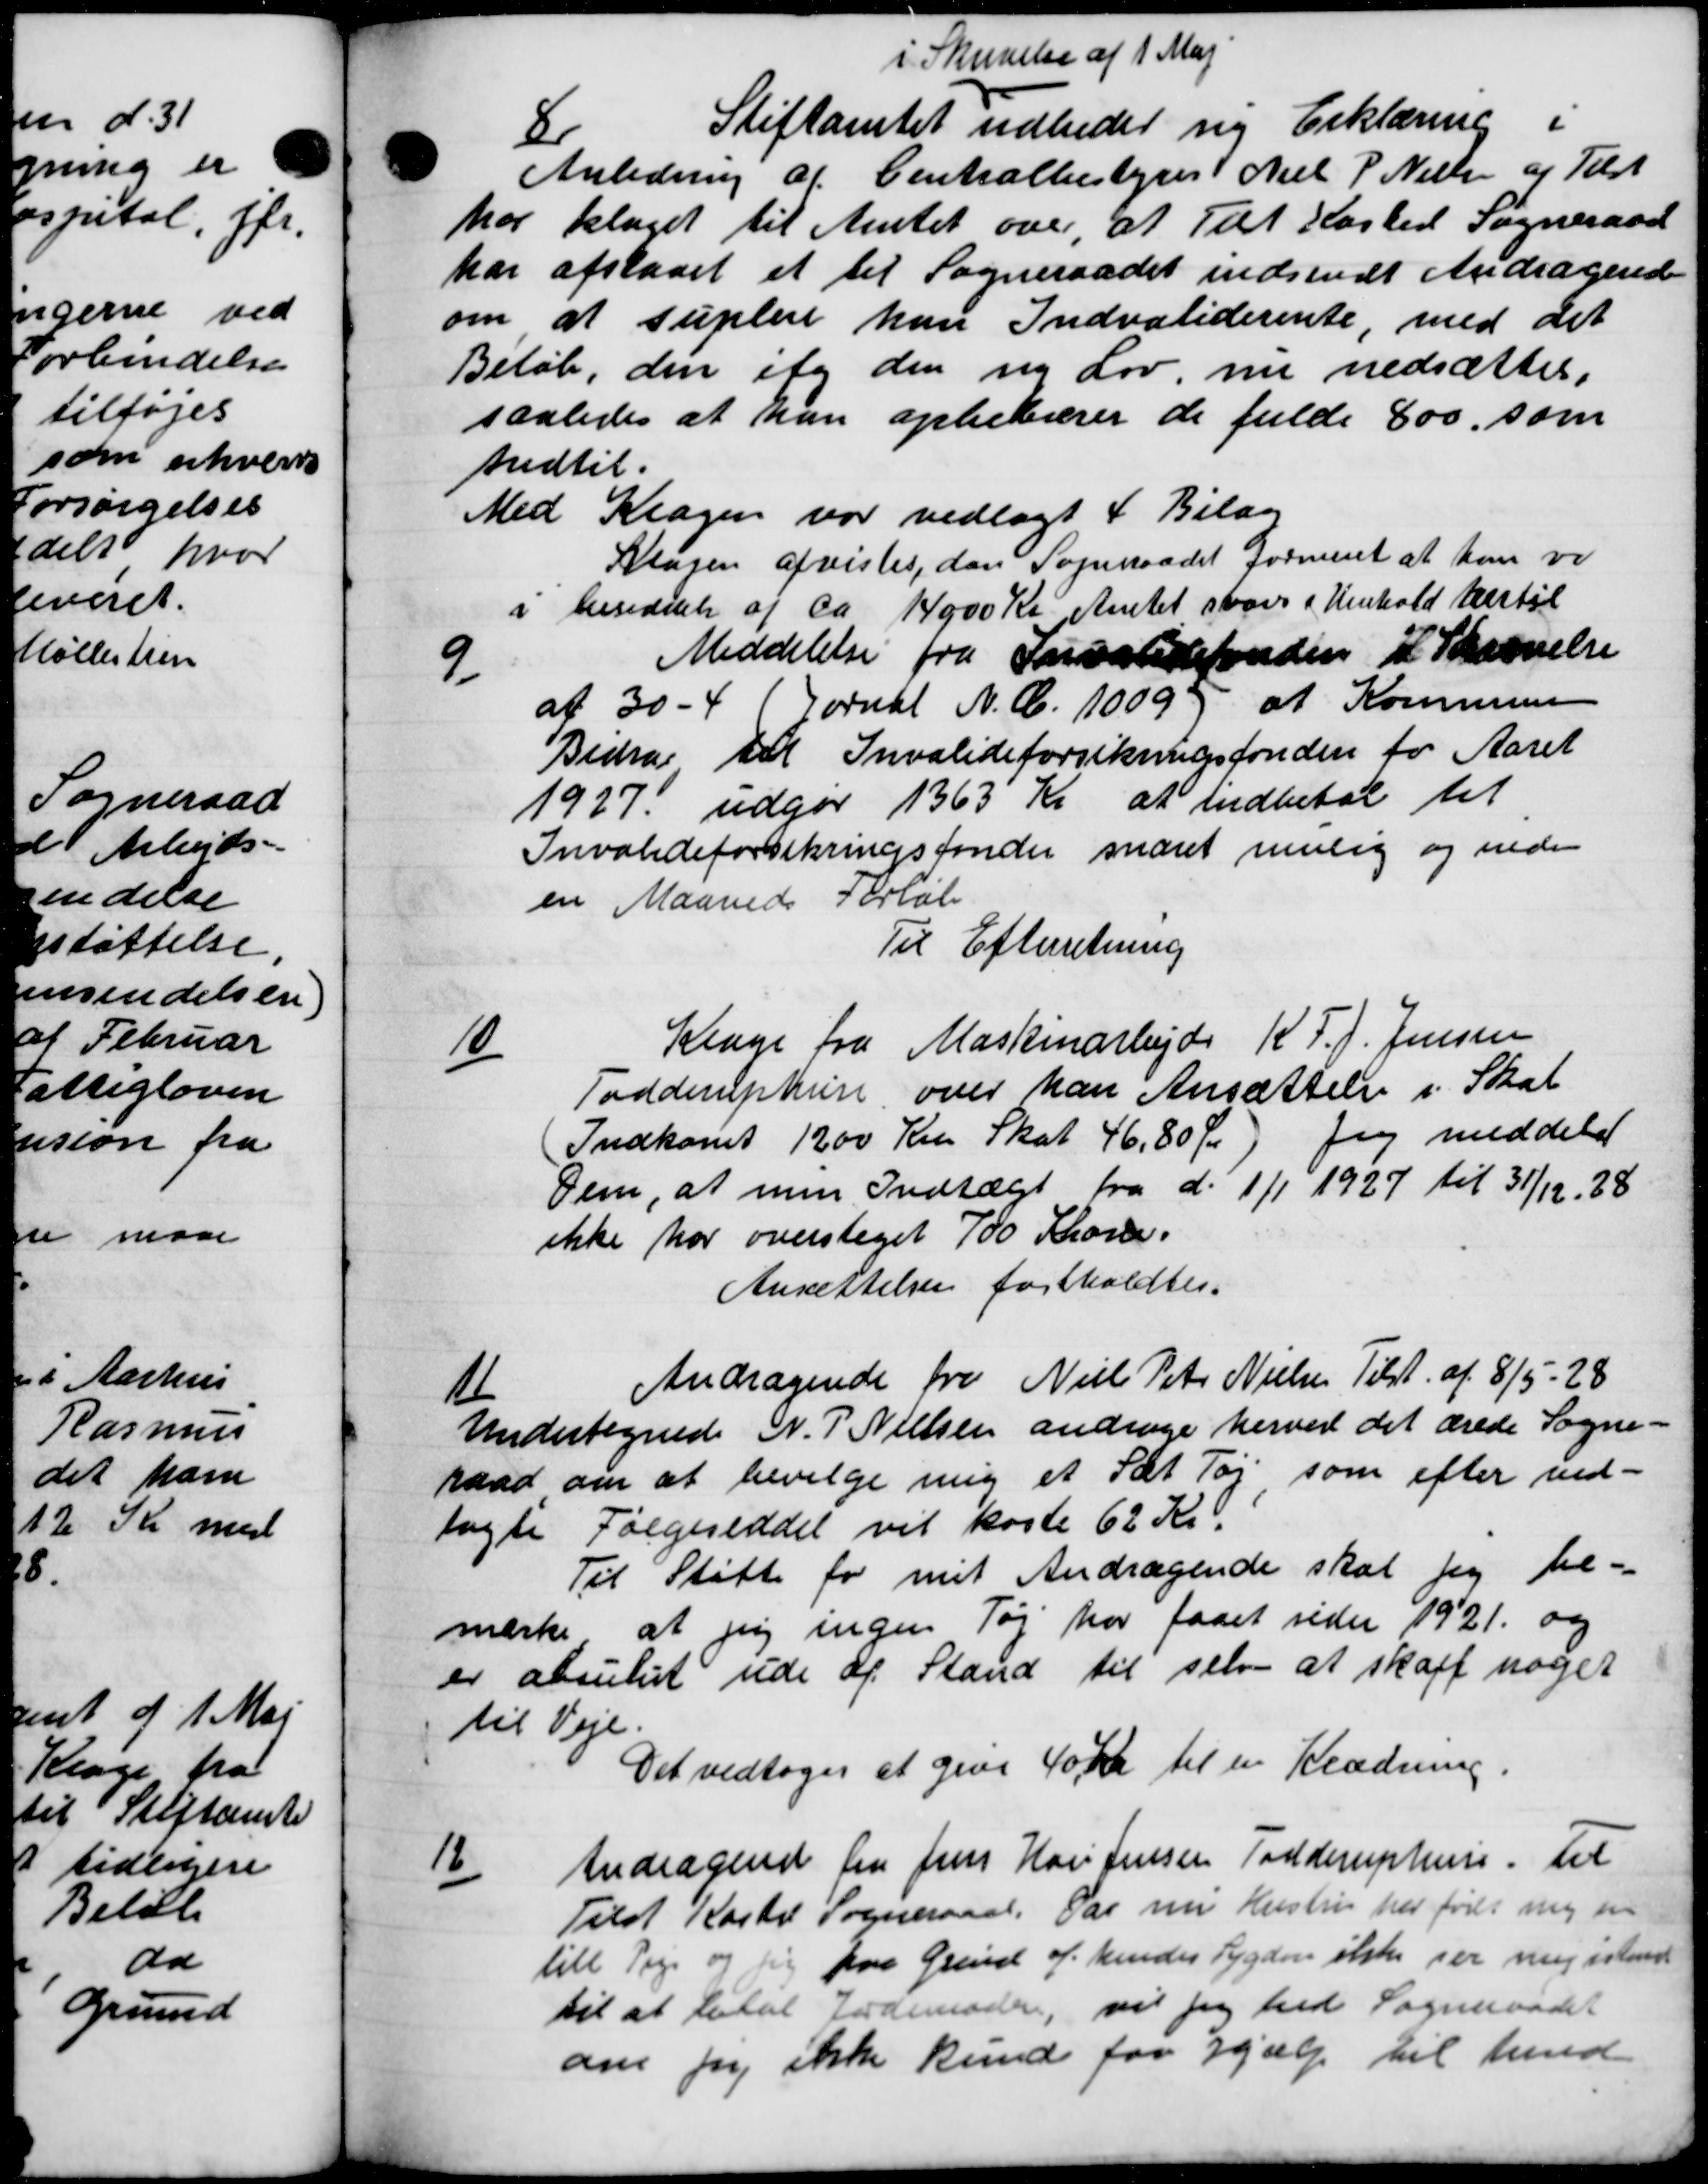
Transskription:
i Skrivelse af 1 Maj
8
Stiftamtet udbeder ny Erklæring i
Anledning af Centralbestyrer Niel P. Nielsen af Tilst
har klaget til Amtet over at Til Kasted Sogneraad
har afstaaet et til Sogneraadet indsendt Andragende
om at suplere han Indvaliderente, med det
Beløb, den ig den ny Lov nu nedsættes,
saaledes at han oppebærer de fulde 800, som
hidtil.
Med Klagen var vedlagt 4 Bilag
Klagen afvistes, dan Sogneraadet forment at hun ve
i besiddelse af ca 14000 Kr. Amtet stor i Henhold hertil

Meddelelse fra Invalidefonden i Skrivelse
af 30 - 41 Pornal N. C. 1009 at Kommunen
Bidrag til Invalideforsikringsfonden for Aaret
1927 udgør 1363 Kr at indbetal til
Invalideforsikringsfonder snaret mulig og inde
en Maaneds Forløb
Til Efterretning
10
Klage fra Maskinarbejde K. P. J. Jensen
Todderuphun over han Ansættelse i Skat
Indkomst 1200 Kr Skat 46,80 Øre) Jeg meddeler
Dem, at men Indtægt fra d. 1/1 1927 til 31/12 28
ikke har overtaget 700 Kroner.
Ansættelsen forholdtes.
1
Andragende fra Niels Peter Nielsen Tilst. af 8/5 - 28
Undertegnede N. P. Nielsen andrage herved det ærede Sogne-
raad om at bevilge mig et Sæt Tøj, som efter ved-
lagte Følgeseddel vil koste 62 Kr.
Til Støtte for mit Andragende skal jeg be-
mærke at jeg ingen Tøj har faaet sider 1921 og
er absuliet ude af Stand til selv at skaff noget
til Veje.
Det vedtoges at give 40 Kr til en Klædning.
12
Andragende fra Jens Hans Jensen Todderuphuse til
Tilst Kartel Sogneraad. Par nu Hustru her født ny en
till Pige og sig paa Grund af hendes Sygdom ikke ser mig istemt
til at lutal Jordemoder, vil jeg hed Sogneraadet
om jeg ikke kunde for Hjælp til hend